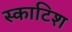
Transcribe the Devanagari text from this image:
स्‍काटिश